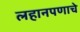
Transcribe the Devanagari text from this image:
लहानपणाचे